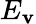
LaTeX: E_{\mathbf{v}}